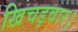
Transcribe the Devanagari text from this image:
खिचड़वार।